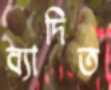
ব্যাদিত